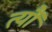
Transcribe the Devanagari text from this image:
त्यौं